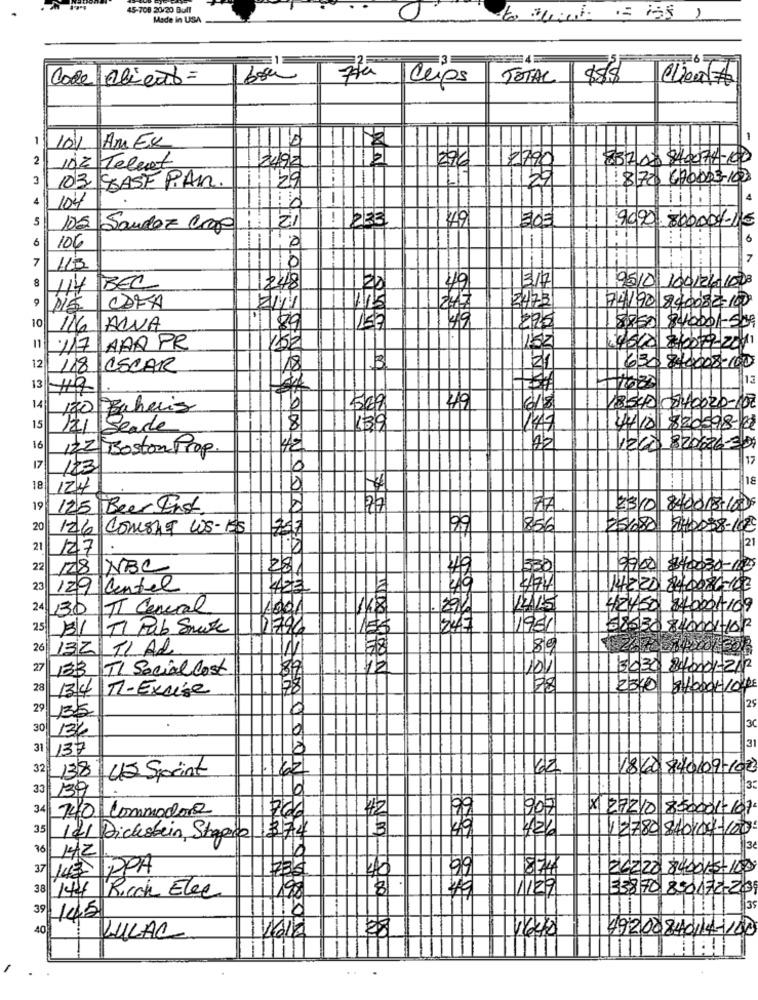
45-708 20/20 Bull
Made in USA
to Buick = 158 )
3
Code Olieab =
Clips
TOTAL
$5/$
Cheat #
10/1
Am Ex
2
837.02 840074-00
102 Telnet
2492
27/6
3
29
--
1870 67ODDE-100
103 CASE PAR
4
104
5
ZI
9090.800004-115
100
Sandoz cop
11233
49
6
6
106
7
0
- ----
17
115
8
BEC
248
48
9510 100/2/ 1008
7/4/90 840082=100
CDFA
10
116 ALVA
225
8850 840001-509
117 ARA PR
4500 8/0079-2011
12 18 OSCAR
18
630 840008-100
13
13
14
170 Baharis
618
18540 840020-100
15 121 Seade
4410 820598-2
16
122 Boston Prop.
HE
1260 820626-301
17
17
123
6
118
18
124
125 Beer Einst
177
2310 840018-100
126 COMSAT LOS-155
99
856
25/80
240088-10€
21
21
127
22
178 NBC
28
9900 $40030-100
23 129 Centel
43
14ZZD 840086-103
24 130 TI Central
42450 840001-109
25 BI TI Pab Smoke
2796
245
1981
38530840001-102
26 13Z TIAL
27 133
TL SocialCost
12
13030 840001-212
28
134
TI-Excise
78
29 35
6
3C
30 136
31 137
8
62
1860 840/09-1023
32 138 43 Sprint
33 139
3.
34
42
X 27210 850001-101.
140 Commodore
99
902
12780 840104-10
35 121 Dickstein, Stopped
374
3
16 142
37 143 PPA
874
26222 84001-5-100
38
144 Ricoh Elec
33870 850172-201
39
145
35
40
1648
4920084014-1140
KULAC
28
Am 8.00 80